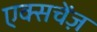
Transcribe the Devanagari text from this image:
एक्सचेंज़